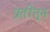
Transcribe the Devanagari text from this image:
प्रतींतून